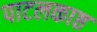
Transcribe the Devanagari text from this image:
पाटलकाष्ठ